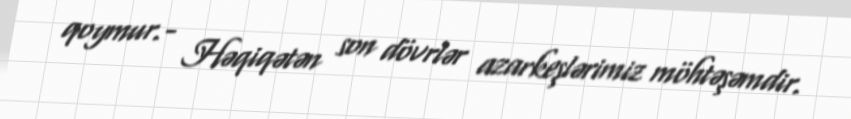
qoymur.- Həqiqətən son dövrlər azarkeşlərimiz möhtəşəmdir.